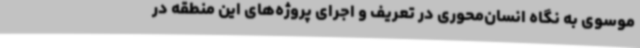
موسوی به نگاه انسان‌محوری در تعریف و اجرای پروژه‌های این منطقه در